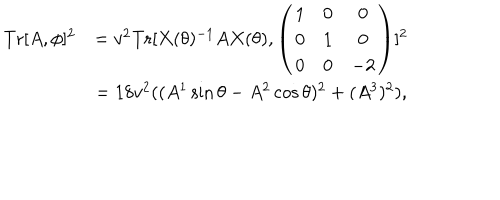
\begin{array} { c c } { { \mathrm { T r } [ A , \phi ] ^ { 2 } } } & { { = v ^ { 2 } \mathrm { T r } [ X ( \theta ) ^ { - 1 } A X ( \theta ) , \left( \begin{array} { c c c } { { 1 } } & { { 0 } } & { { 0 } } \\ { { 0 } } & { { 1 } } & { { 0 } } \\ { { 0 } } & { { 0 } } & { { - 2 } } \\ \end{array} \right) ] ^ { 2 } } } \\ { { } } & { { = 1 8 v ^ { 2 } ( ( A ^ { 1 } \sin \theta - A ^ { 2 } \cos \theta ) ^ { 2 } + ( A ^ { 3 } ) ^ { 2 } ) , } } \\ \end{array}